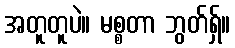
အတူတူပဲ။ မစ္စတာ ဘွတ်ရှ်။